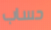
حساب